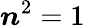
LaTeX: \boldsymbol{n}^{2}=1